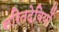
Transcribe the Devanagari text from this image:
सरितदेवियों